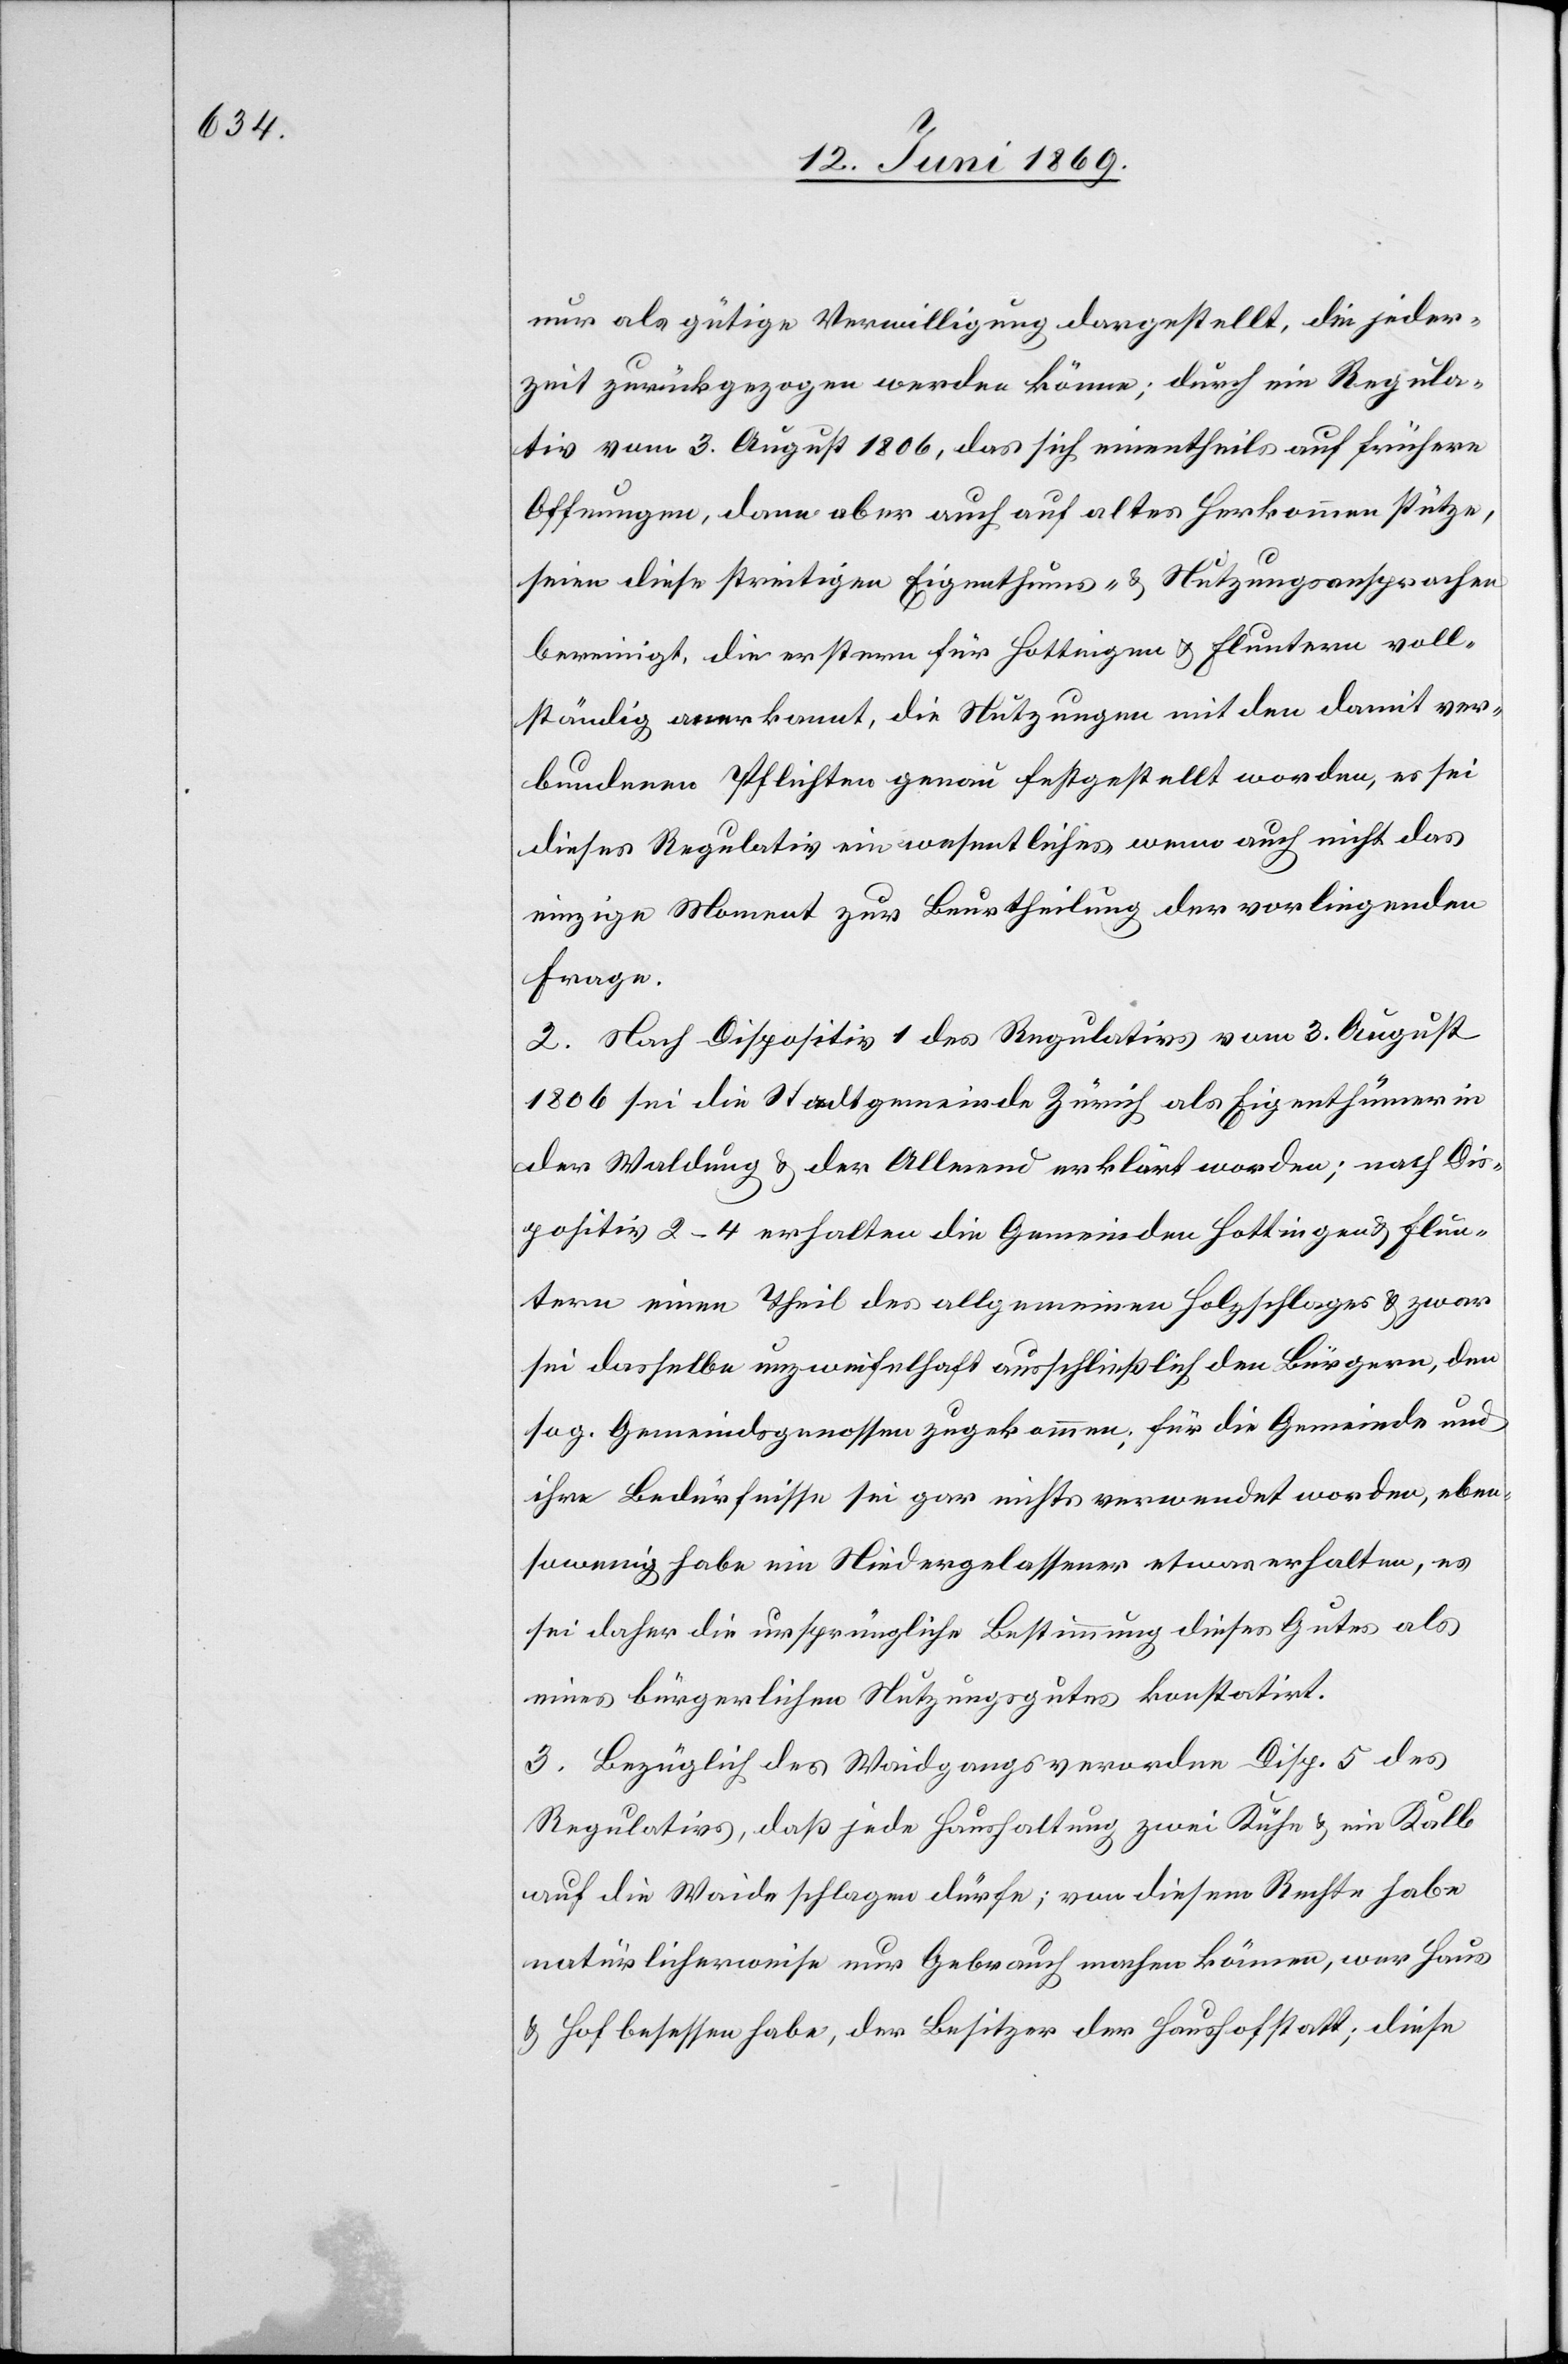
nur als gütige Verwilligung dargestellt, die jeder¬
zeit zurückgezogen werden könne; durch ein Regula¬
tiv vom 3. August 1806, das sich einentheils auf frühere
Oeffnungen, dann aber auch auf altes Herkommen stütze,
seien diese streitigen Eigenthums- u. Nutzungsansprachen
bereinigt, die erstern für Hottingen u. Fluntern voll¬
ständig anerkannt, die Nutzungen mit den damit ver¬
bundenen Pflichten genau festgestellt worden, es sei
dieses Regulativ ein wesentliches wenn auch nicht das
einzige Moment zur Beurtheilung der vorliegenden
Frage.
2. Nach Dispositiv 1 des Regulativs vom 3. August
1806 sei die Stadtgemeinde Zürich als Eigenthümerin
der Waldung u. der Allmend erklärt worden; nach Dis¬
positiv 2–4 erhalten die Gemeinden Hottingen u. Flun¬
tern einen Theil des allgemeinen Holzschlages u. zwar
sei dasselbe unzweifelhaft ausschließlich den Bürgern, den
sog. Gemeindsgenossen zugekommen; für die Gemeinde und
ihre Bedürfnisse sei gar nichts verwendet worden, eben¬
sowenig habe ein Niedergelassener etwas erhalten, es
sei daher die ursprüngliche Bestimmung dieses Gutes als
eines bürgerlichen Nutzungsgutes konstatirt.
3. Bezüglich des Waidgangs verordne Disp. 5 des
Regulativs, daß jede Haushaltung zwei Kühe u. ein Kalb
auf die Waide schlagen dürfe, von diesem Rechte habe
natürlicherweise nur Gebrauch machen können, wer Haus
u. Hof besessen habe, der Besitzer der Haushofstatt; diese